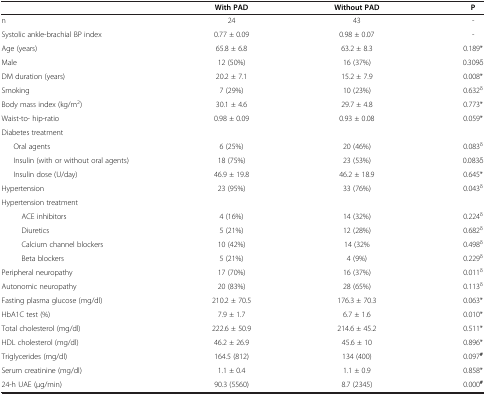
<table><thead><tr><td><b> </b></td><td><b>With PAD</b></td><td><b>Without PAD</b></td><td><b>P</b></td></tr></thead><tbody><tr><td>n</td><td>24</td><td>43</td><td>-</td></tr><tr><td>Systolic ankle-brachial BP index</td><td>0.77 ± 0.09</td><td>0.98 ± 0.07</td><td>-</td></tr><tr><td>Age (years)</td><td>65.8 ± 6.8</td><td>63.2 ± 8.3</td><td>0.189*</td></tr><tr><td>Male</td><td>12 (50%)</td><td>16 (37%)</td><td>0.309δ</td></tr><tr><td>DM duration (years)</td><td>20.2 ± 7.1</td><td>15.2 ± 7.9</td><td>0.008*</td></tr><tr><td>Smoking</td><td>7 (29%)</td><td>10 (23%)</td><td>0.632<sup>δ</sup></td></tr><tr><td>Body mass index (kg/m<sup>2</sup>)</td><td>30.1 ± 4.6</td><td>29.7 ± 4.8</td><td>0.773*</td></tr><tr><td>Waist-to- hip-ratio</td><td>0.98 ± 0.09</td><td>0.93 ± 0.08</td><td>0.059*</td></tr><tr><td>Diabetes treatment</td><td> </td><td> </td><td> </td></tr><tr><td>Oral agents</td><td>6 (25%)</td><td>20 (46%)</td><td>0.083<sup>δ</sup></td></tr><tr><td>Insulin (with or without oral agents)</td><td>18 (75%)</td><td>23 (53%)</td><td>0.083δ</td></tr><tr><td>Insulin dose (U/day)</td><td>46.9 ± 19.8</td><td>46.2 ± 18.9</td><td>0.645*</td></tr><tr><td>Hypertension</td><td>23 (95%)</td><td>33 (76%)</td><td>0.043<sup>δ</sup></td></tr><tr><td>Hypertension treatment</td><td> </td><td> </td><td> </td></tr><tr><td>ACE inhibitors</td><td>4 (16%)</td><td>14 (32%)</td><td>0.224<sup>δ</sup></td></tr><tr><td>Diuretics</td><td>5 (21%)</td><td>12 (28%)</td><td>0.682<sup>δ</sup></td></tr><tr><td>Calcium channel blockers</td><td>10 (42%)</td><td>14 (32%</td><td>0.498<sup>δ</sup></td></tr><tr><td>Beta blockers</td><td>5 (21%)</td><td>4 (9%)</td><td>0.229<sup>δ</sup></td></tr><tr><td>Peripheral neuropathy</td><td>17 (70%)</td><td>16 (37%)</td><td>0.011<sup>δ</sup></td></tr><tr><td>Autonomic neuropathy</td><td>20 (83%)</td><td>28 (65%)</td><td>0.113<sup>δ</sup></td></tr><tr><td>Fasting plasma glucose (mg/dl)</td><td>210.2 ± 70.5</td><td>176.3 ± 70.3</td><td>0.063*</td></tr><tr><td>HbA1C test (%)</td><td>7.9 ± 1.7</td><td>6.7 ± 1.6</td><td>0.010*</td></tr><tr><td>Total cholesterol (mg/dl)</td><td>222.6 ± 50.9</td><td>214.6 ± 45.2</td><td>0.511*</td></tr><tr><td>HDL cholesterol (mg/dl)</td><td>46.2 ± 26.9</td><td>45.6 ± 10</td><td>0.896*</td></tr><tr><td>Triglycerides (mg/dl)</td><td>164.5 (812)</td><td>134 (400)</td><td>0.097<sup><b>#</b></sup></td></tr><tr><td>Serum creatinine (mg/dl)</td><td>1.1 ± 0.4</td><td>1.1 ± 0.9</td><td>0.858*</td></tr><tr><td>24-h UAE (μg/min)</td><td>90.3 (5560)</td><td>8.7 (2345)</td><td>0.000<sup><b>#</b></sup></td></tr></tbody></table>